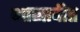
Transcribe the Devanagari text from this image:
भासावीत